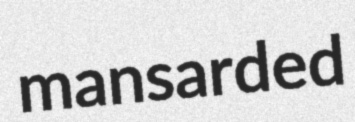
mansarded